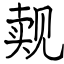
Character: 觌